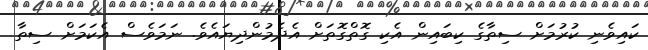
ކައިވެނި ކުރުމަށް ސިތާގެ ކިބައިން އެކި ގޮތްގޮތަށް އެދެމުންދިޔައެވެ. ނަމަވެސް އެކަމަށް ސިތާ